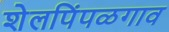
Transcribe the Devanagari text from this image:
शेलपिंपळगाव